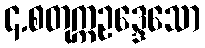
၄.စတုက္ကဥဒ္ဒေသော